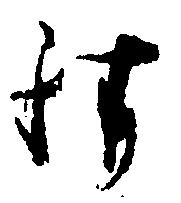
請